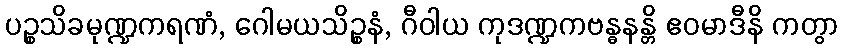
ပဉ္စသိခမုဏ္ဍကရဏံ, ဂေါမယသိဉ္စနံ, ဂီဝါယ ကုဒဏ္ဍကဗန္ဓနန္တိ ဧဝမာဒီနိ ကတွာ